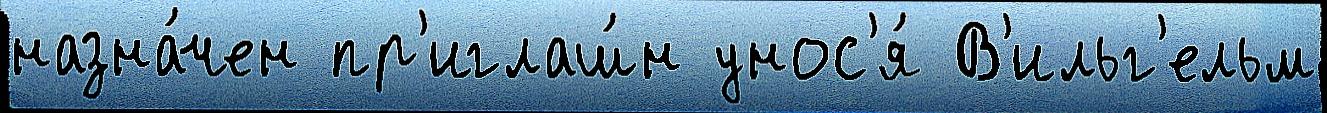
назна́чен пр'иглаш́н унос'я́ В'ильг'ельм